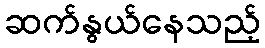
ဆက်နွယ်နေသည့်